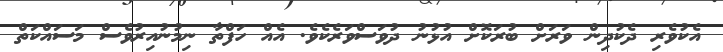
އެކުވެރި ދެކުދިން ވަރަށް ބުރަކޮށް އުޅުނު ދުވަސްވަރެކެވެ. އެއް ހަފްތާ ނިމުނުއިރުވެސް މަސައްކަތް